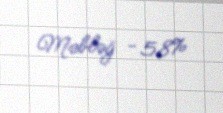
Məbləğ - 58%